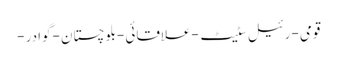
قومی -رئیل سٹیٹ -علاقائی -بلوچستان -گوادر -